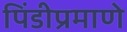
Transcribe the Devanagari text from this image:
पिंडीप्रमाणे